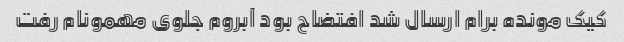
کیک مونده برام ارسال شد افتضاح بود آبروم جلوی مهمونام رفت